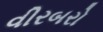
વીરબરો